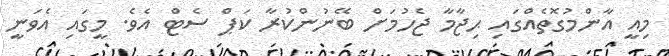
މިއީ އާންމުގޮތެއްގައި ޙިޖާމާ ޖެހުމަށް ބޭނުންކުރާ ކަޕް ސެޓް އެވެ. މީގައި އެވަނީ